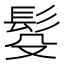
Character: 䯴